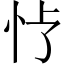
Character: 𪫢